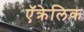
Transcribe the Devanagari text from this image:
ऍक्रेलिक